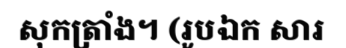
សុកត្រាំង។ (រូបឯក សារ